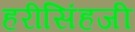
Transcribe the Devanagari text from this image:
हरीसिंहजी